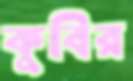
কুবির